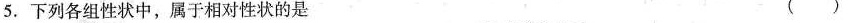
5.下列各组性状中，属于相对性状的是 ()